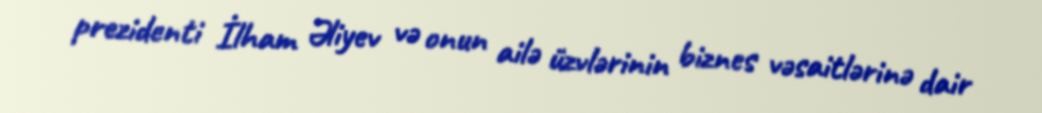
prezidenti İlham Əliyev və onun ailə üzvlərinin biznes vəsaitlərinə dair